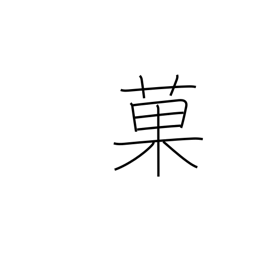
Meaning: cakes